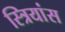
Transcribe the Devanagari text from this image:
स्त्रियांस